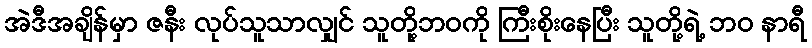
အဲဒီအချိန်မှာ ဇနီး လုပ်သူသာလျှင် သူတို့ဘဝကို ကြီးစိုးနေပြီး သူတို့ရဲ့ ဘဝ နာရီ